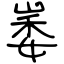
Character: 崣